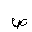
Letter: _sad